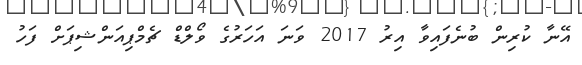
އޭނާ ކުރިން ބުނެފައިވާ އިރު 2017 ވަނަ އަހަރުގެ ވޯލްޑް ޗެމްޕިއަންޝިޕަށް ފަހު